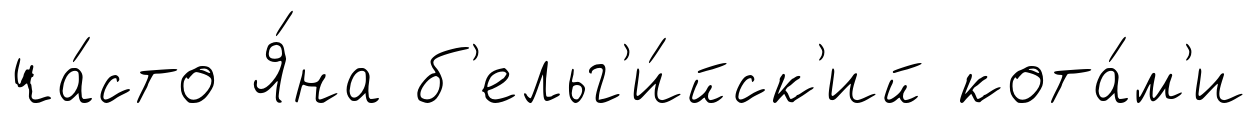
ча́сто Я́на б'ельг'и́йск'ий кота́м'и